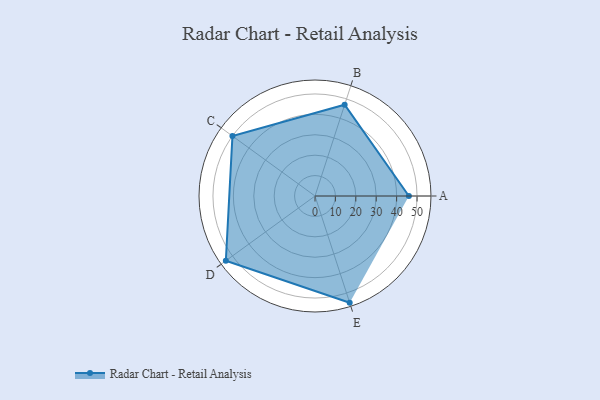
{"axis": {"x": "Skill", "y": "Score"}, "legend": ["Profile"], "data": [{"x": "A", "y": 46.0, "type": "Profile"}, {"x": "B", "y": 47.0, "type": "Profile"}, {"x": "C", "y": 50.0, "type": "Profile"}, {"x": "D", "y": 54.0, "type": "Profile"}, {"x": "E", "y": 55.0, "type": "Profile"}]}